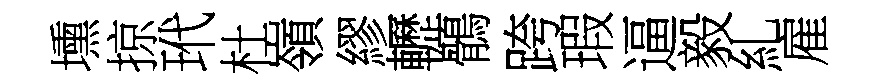
壎掠玳杜嶺繆轣鶻跨瑕逼毅糺雇